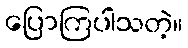
ပြောကြပါသတဲ့။